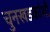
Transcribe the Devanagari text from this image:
चुनखडकांशी